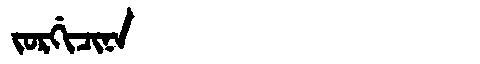
Manchu: ᠵᠣᡵᡤᡳᠴᡳᠨᠠ
Romanization: JORGICINA